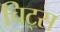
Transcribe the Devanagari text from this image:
चिट्स